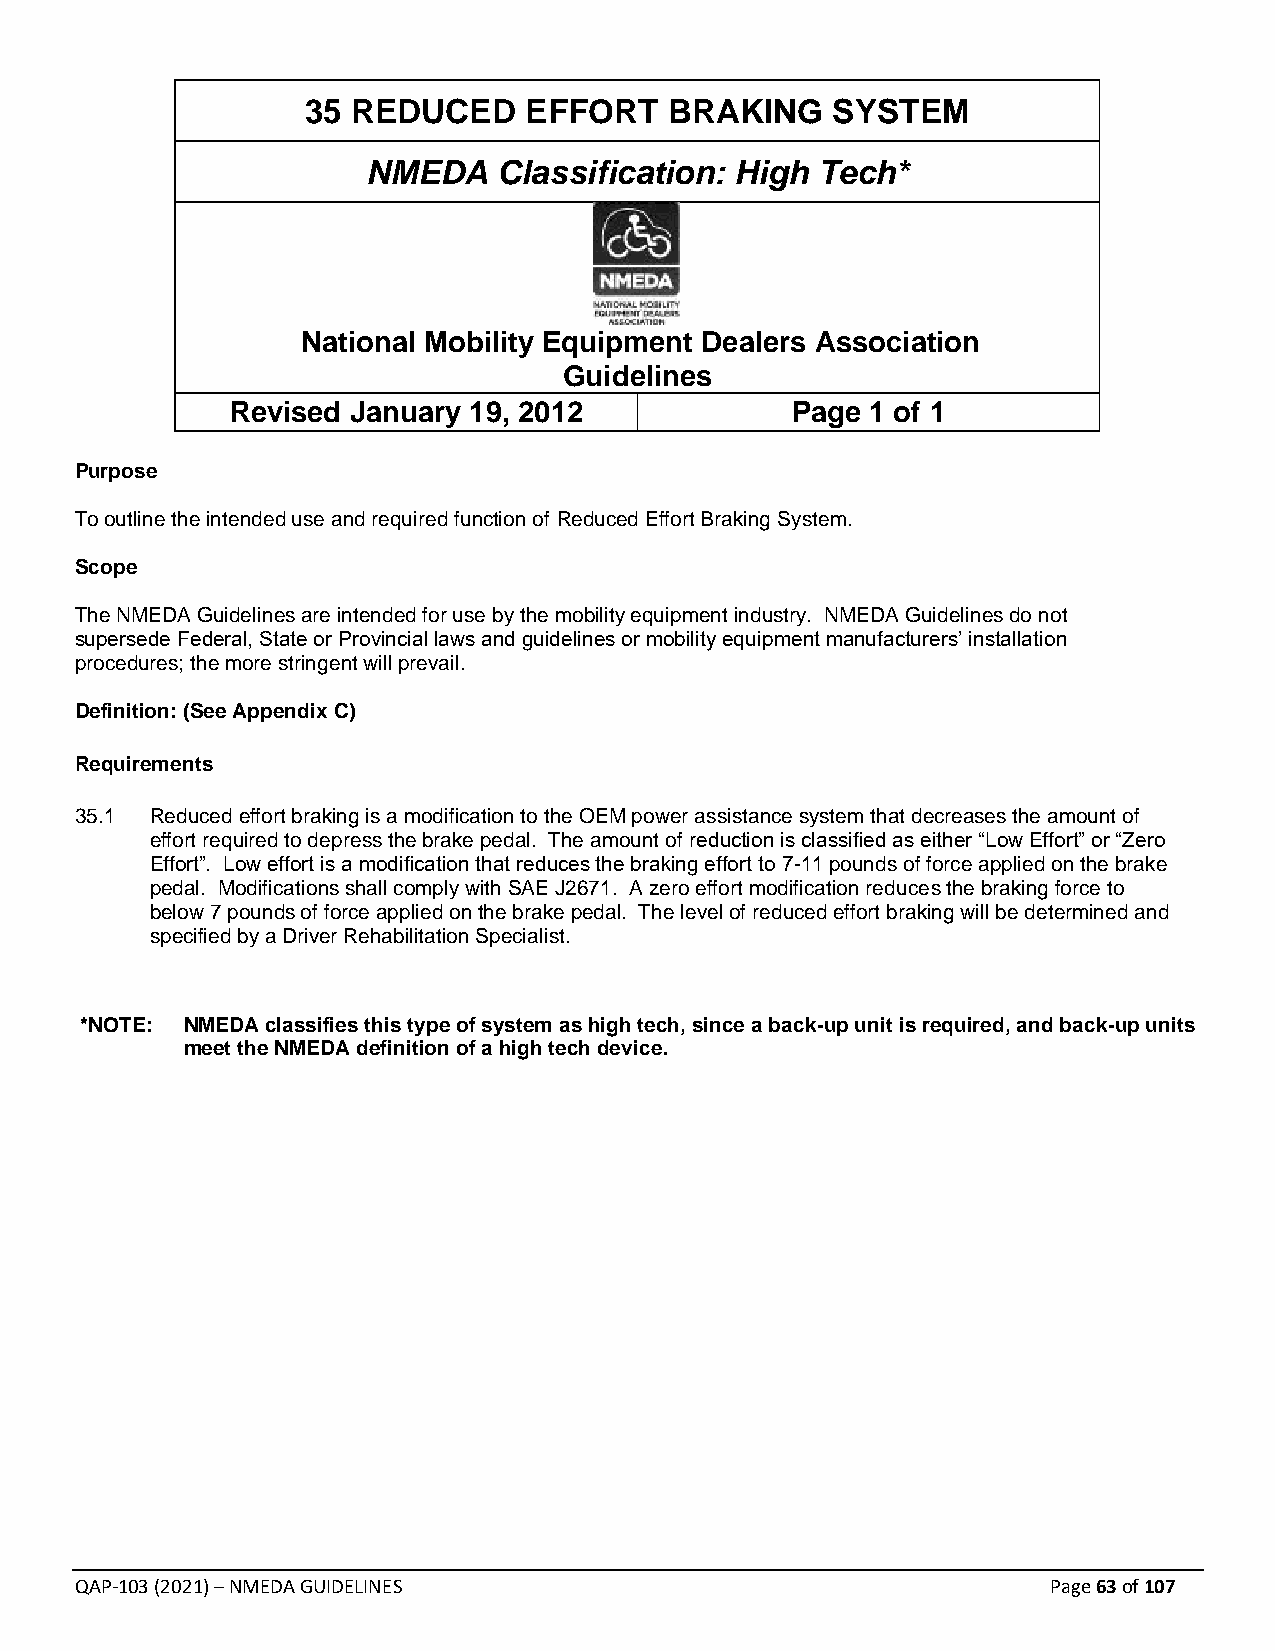
35 REDUCED     EFFORT   BRAKING    SYSTEM
 NMEDA    Classification: High Tech*
 National Mobility Equipment Dealers Association
 Guidelines
 Revised January 19, 2012             Page  1 of 1
 Purpose
 To outline the intended use and required function of Reduced Effort Braking System.
 Scope
 The NMEDA Guidelines are intended for use by the mobility equipment industry. NMEDA Guidelines do not
 supersede Federal, State or Provincial laws and guidelines or mobility equipment manufacturers’ installation
 procedures; the more stringent will prevail.
 Definition: (See Appendix C)
 Requirements
 35.1 Reduced effort braking is a modification to the OEM power assistance system that decreases the amount of
 effort required to depress the brake pedal. The amount of reduction is classified as either “Low Effort” or “Zero
 Effort”. Low effort is a modification that reduces the braking effort to 7-11 pounds of force applied on the brake
 pedal. Modifications shall comply with SAE J2671. A zero effort modification reduces the braking force to
 below 7 pounds of force applied on the brake pedal. The level of reduced effort braking will be determined and
 specified by a Driver Rehabilitation Specialist.
 *NOTE: NMEDA classifies this type of system as high tech, since a back-up unit is required, and back-up units
 meet the NMEDA definition of a high tech device.
 QAP-103 (2021) – NMEDA GUIDELINES                                Page 63 of 107